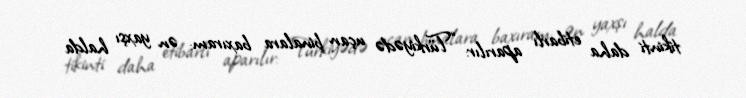
tikinti daha etibarlı aparılır: “Türkiyədə uçan binalara baxıram: ən yaxşı halda